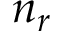
n _ { r }